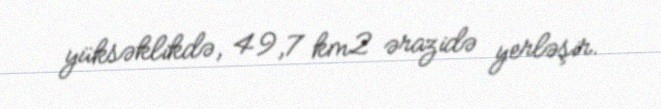
yüksəklikdə, 49,7 km2 ərazidə yerləşir.